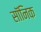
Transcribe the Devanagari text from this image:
सॉनिक